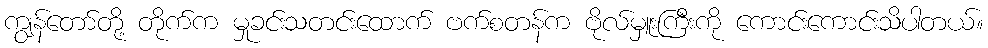
ကျွန်တော်တို့ တိုက်က မှုခင်းသတင်းထောက် ဗက်စတန်က ဗိုလ်မှူးကြီးကို ကောင်းကောင်းသိပါတယ်။